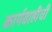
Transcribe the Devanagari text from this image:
कार्यवाहीची